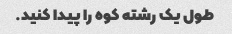
طول یک رشته کوه را پیدا کنید.